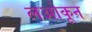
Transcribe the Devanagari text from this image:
लओकून